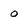
Character: 0